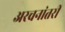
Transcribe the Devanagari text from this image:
अरचनांतरी